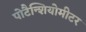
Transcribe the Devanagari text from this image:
पोटैन्शियोमीटर